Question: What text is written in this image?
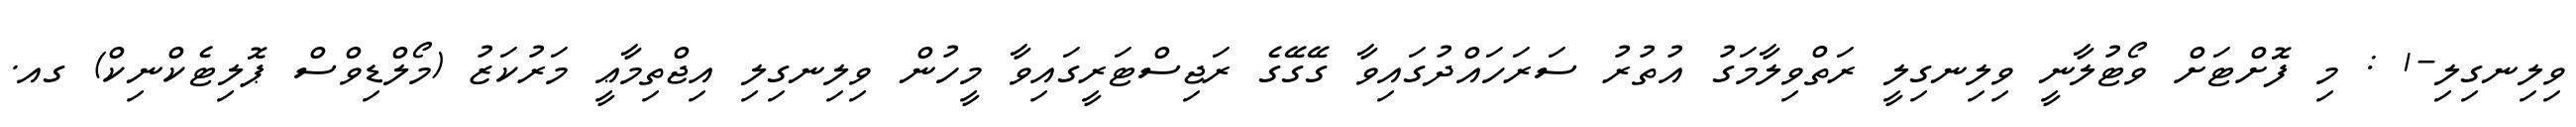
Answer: ވިލިނގިލި-1 : މި ފޮށްޓަށް ވޯޓުލާނީ ވިލިނގިލީ ރަތްވިލާމަގު އުތުރު ސަރަހައްދުގައިވާ ގޭގޭގެ ރަޖިސްޓަރީގައިވާ މީހުން ވިލިނގިލި އިޖްތިމާޢީ މަރުކަޒު (މޯލްޑިވްސް ޕޮލިޓެކްނިކް) ގއ.